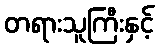
တရားသူကြီးနှင့်